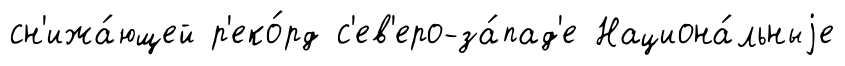
сн'ижа́ющей р'еко́рд с'ев'еро-за́пад'е Национа́льныjе